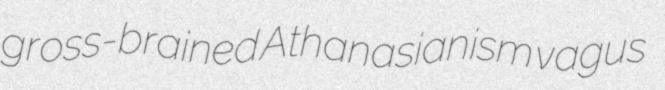
gross-brained Athanasianism vagus